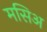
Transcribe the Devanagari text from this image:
मसिअ